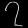
Digit: ၇